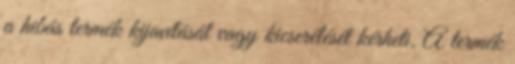
a hibás termék kijavítását vagy kicserélését kérheti. A termék